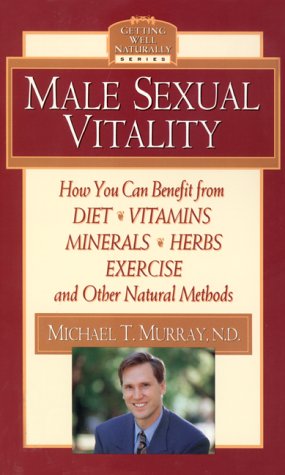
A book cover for Male Sexual Vitality (Getting Well Naturally); Michael T. Murray N.D.; Health, Fitness & Dieting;